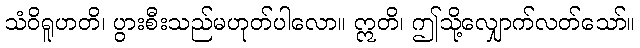
သံဝိရူဟတိ၊ ပွားစီးသည်မဟုတ်ပါလော။ ဣတိ၊ ဤသို့လျှောက်လတ်သော်။